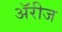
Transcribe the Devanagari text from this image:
ॲरीज